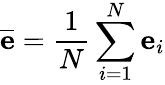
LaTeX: \overline{{\mathbf{e}}}=\frac{1}{N}\sum_{i=1}^{N}\mathbf{e}_{i}